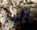
إلى